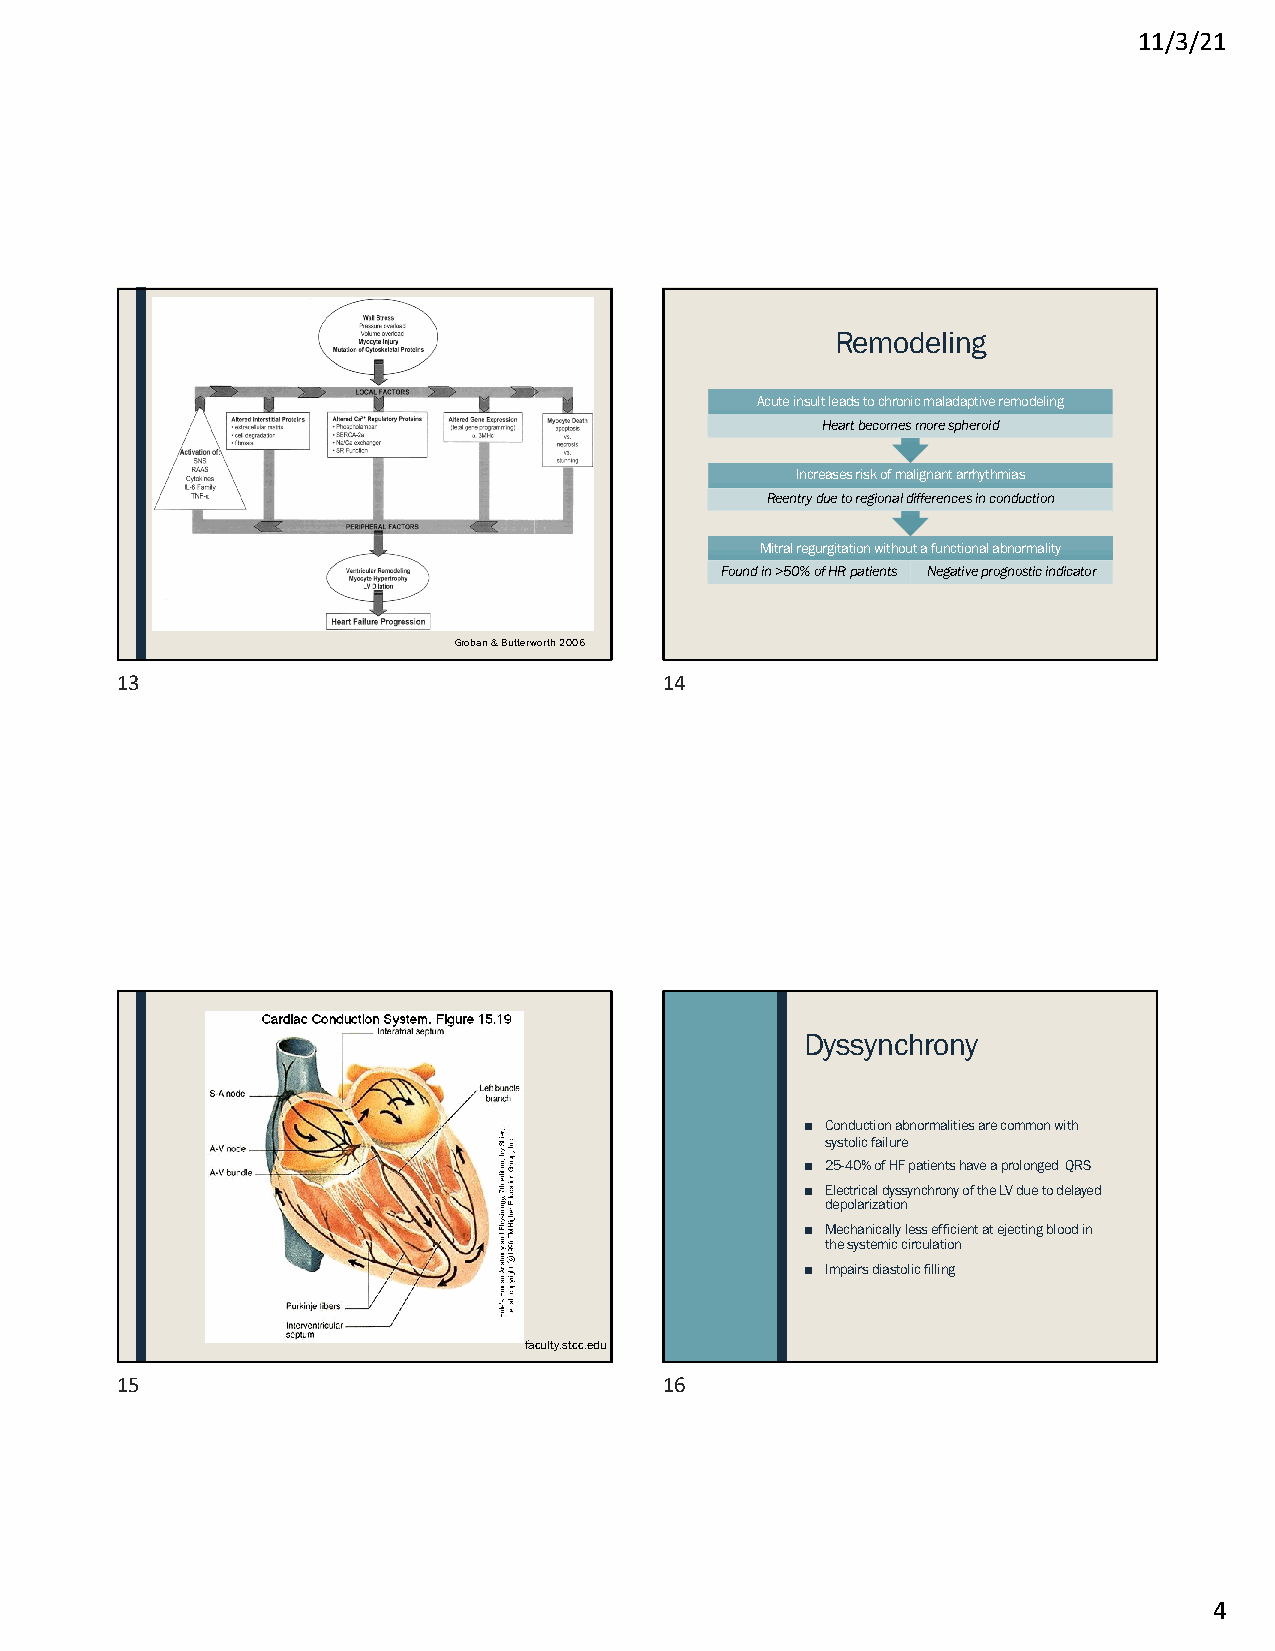
11/3/21
 Remodeling
 Acute insult leads to chronic maladaptive remodeling
 Heart becomes more spheroid
 Increases risk of malignant arrhythmias
 Reentry due to regional differences in conduction
 Mitral regurgitation without a functional abnormality
 Found in >50% of HR patients Negative prognostic indicator
 Groban & Butterworth 2006
 13                                  14
 Dyssynchrony
 ■ Conduction abnormalities are common with
 systolic failure
 ■ 25-40% of HF patients have a prolonged QRS
 ■ Electrical dyssynchronyof the LV due to delayed
 depolarization
 ■ Mechanically less efficient at ejecting blood in
 the systemic circulation
 ■ Impairs diastolic filling
 faculty.stcc.edu
 15                                  16
 4